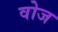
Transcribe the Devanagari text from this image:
वोज